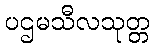
ပဌမသီလသုတ္တ